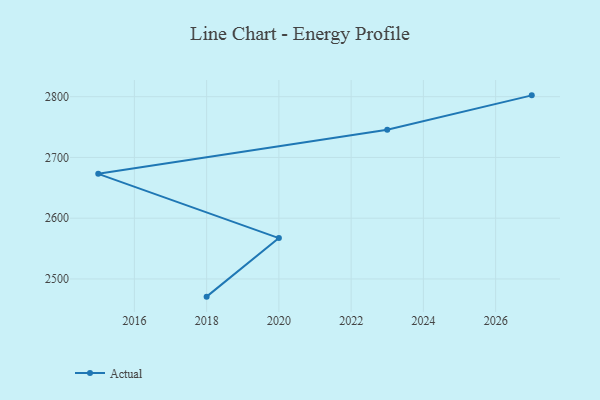
{"axis": {"x": "Year", "y": "Customer Acquisition Cost (USD)"}, "legend": ["Actual"], "data": [{"x": "2018", "y": 2470.9, "type": "Actual"}, {"x": "2020", "y": 2567.3, "type": "Actual"}, {"x": "2015", "y": 2673.0, "type": "Actual"}, {"x": "2023", "y": 2745.7, "type": "Actual"}, {"x": "2027", "y": 2802.2, "type": "Actual"}]}